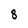
Character: 8